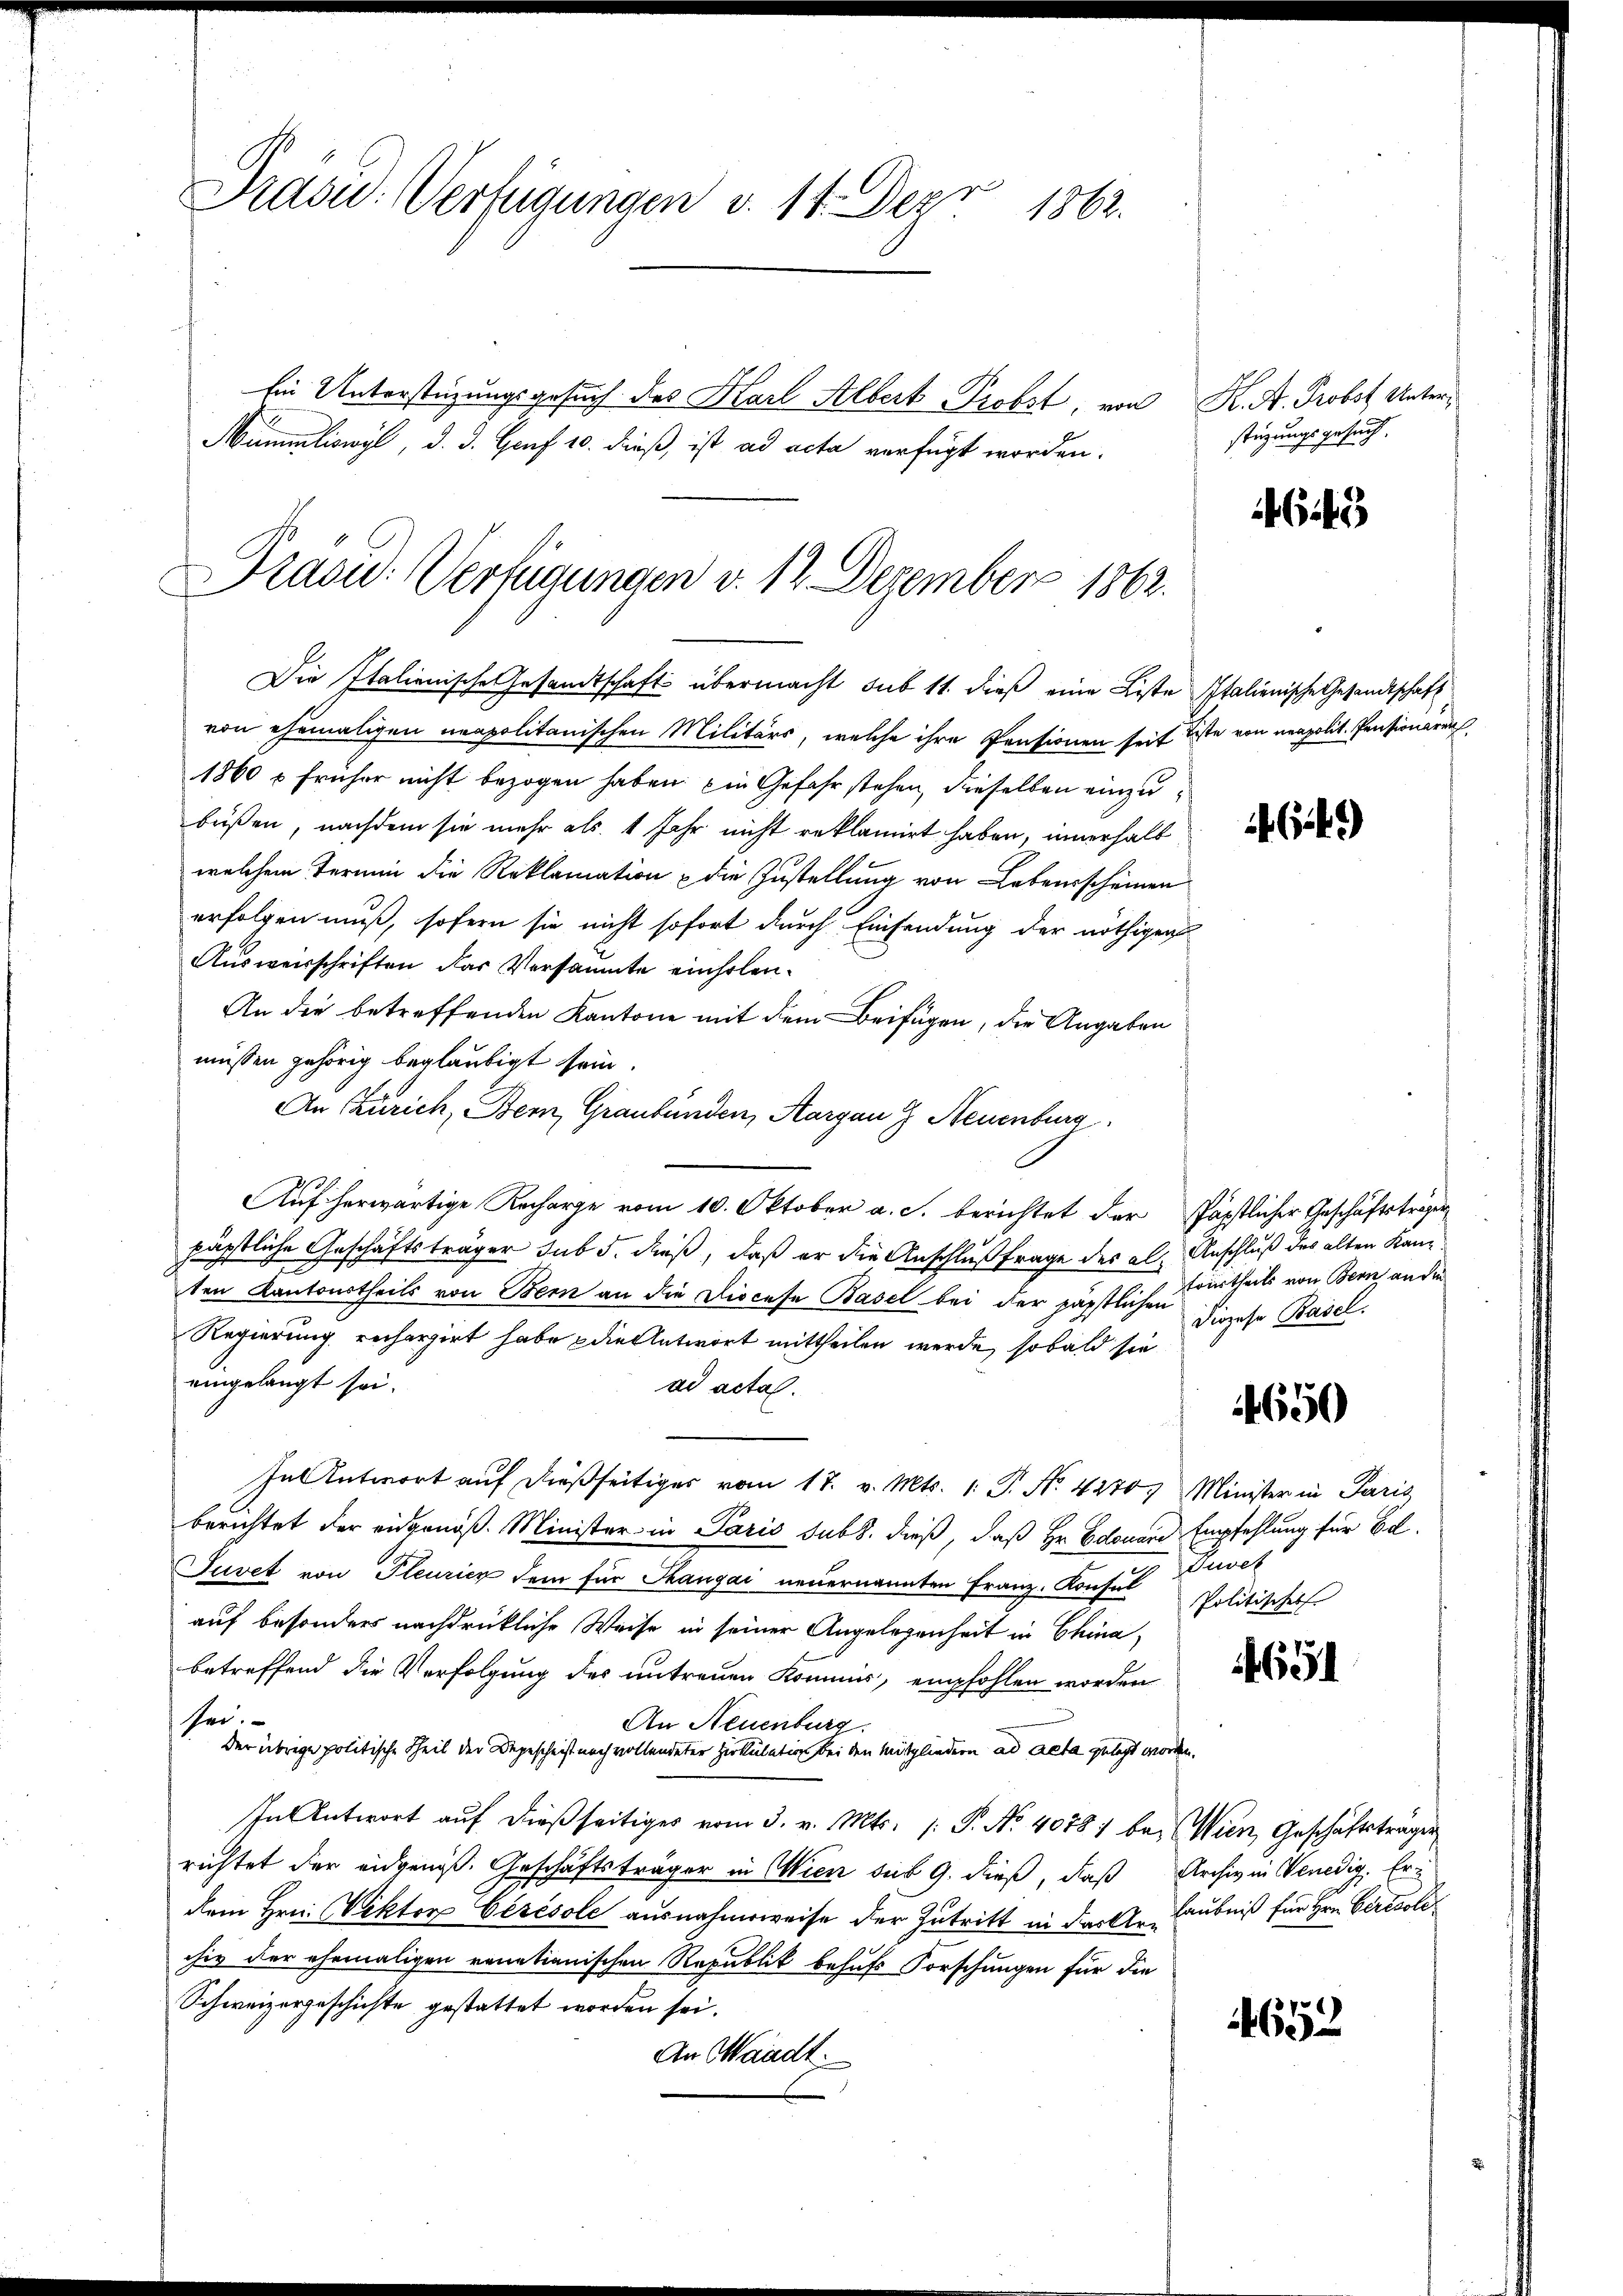
u
Adsu. Verfügungen v. 14. Dez. 1862.

Ein Unterstüzungsgesuch des Karl Albert Probst, von K. H. Probst Unter¬
Mummliswyl, d. J. Gruf 10. dieß, ist ad acta verfügt worden.

Präsid.: Verfügungen v. 12 Dezember 1862.

stüzungsgesuch.

Die Italienische Gesandtschaft übermacht sub 11. dieß eine Liste Italienische Gesandtschaft
von ehemaligen neapolitanischen Militärs, welche ihre Pensionen seit uste von neapolit. Pensionären
1860 & früher nicht bezogen haben ein Gefahr stehen, dieselben einzubüßen, nachdem sie mehr als 1 Jahr nicht reklamirt haben, innerhalb
welchem Termin die Reklamation u die Zustellung von Lebensscheinen
erfolgen muß, sofern sie nicht sofort durch Einsendung der nöthigen
Ausweisschriften das Versäumte einholen¬
An die betreffenden Kantone mit dem Beifügen, der Angaben
müssen gehörig beglaubigt sein.
An Zürich, Bern, Graubünden, Aargau G Neuenburg
Auf herwärtige Recharge vom 10. Oktober a. S. berichtet der Päpstlicher Geschäftsträgen
päpstliche Geschäftsträger sub 5. dieß, daß er die Anschlußfrage des als Anschluß des alten Kanz
ten Kantonstheils von Bern an die Diocese Basel bei der päpstlichen Kinder Basel.
Regierung recherzirt habe die Antwort mittheilen werde, sobald sie
eingelangt sei.
ad actal.
In Antwort auf dießseitiges vom 17. v. Mts. 1. P. Nr. 4270 Minister in Paris
berichtet der eidgenöß. Minister in Paris sub. dieß, daß Hr. Edouard Empfehlung für Elaeh
Juvet von Pleuricz dem für Thangai neuernannten Franz. Konsul
auf besonders nachdrückliche Weise in seiner Angelegenheit in China,
betreffend die Verfolgung des untreuen Kommis, empfohlen worden
sei.
An Neuenburg.
der übrige politische Theil der Begescheift noch vollendeter Zirkulation bei den Mitgliedern ad acta gelegt worden.
In Antwort auf dießseitiges vom 3. v. Mts. (T. No. 4078) bei Wien, Geschäftsträger
richtet der eidgenoß. Geschäftsträger in Wien des 9. dieß, daß Archiv in Venedig. Erdem Hrn. Viktor Cérésole ausnahmsweise der Zutritt in das Urlaubniß für Hrn. Ceresole
chiv der ehemaligen venetianischen Republik behufs Forschungen für die
Schweizergeschichte gestattet worden sei.
An Waadt:

5

G 49

trurtheils von Bern an die

650

Politisches

691

4652